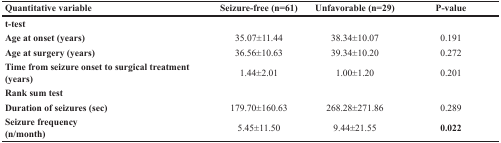
| Quantitative variable | Seizure-free (n=61) | Unfavorable (n=29) | P-value |
 | --- | --- | --- | --- |
 | t-test |  |  |  |
 | Age at onset (years) | 35.07±11.44 | 38.34±10.07 | 0.191 |
 | Age at surgery (years) | 36.56±10.63 | 39.34±10.20 | 0.272 |
 | Time from seizure onset to surgical treatment (years) | 1.44±2.01 | 1.00±1.20 | 0.201 |
 | Rank sum test |  |  |  |
 | Duration of seizures (sec) | 179.70±160.63 | 268.28±271.86 | 0.289 |
 | Seizure frequency (n/month) | 5.45±11.50 | 9.44±21.55 | 0.022 |